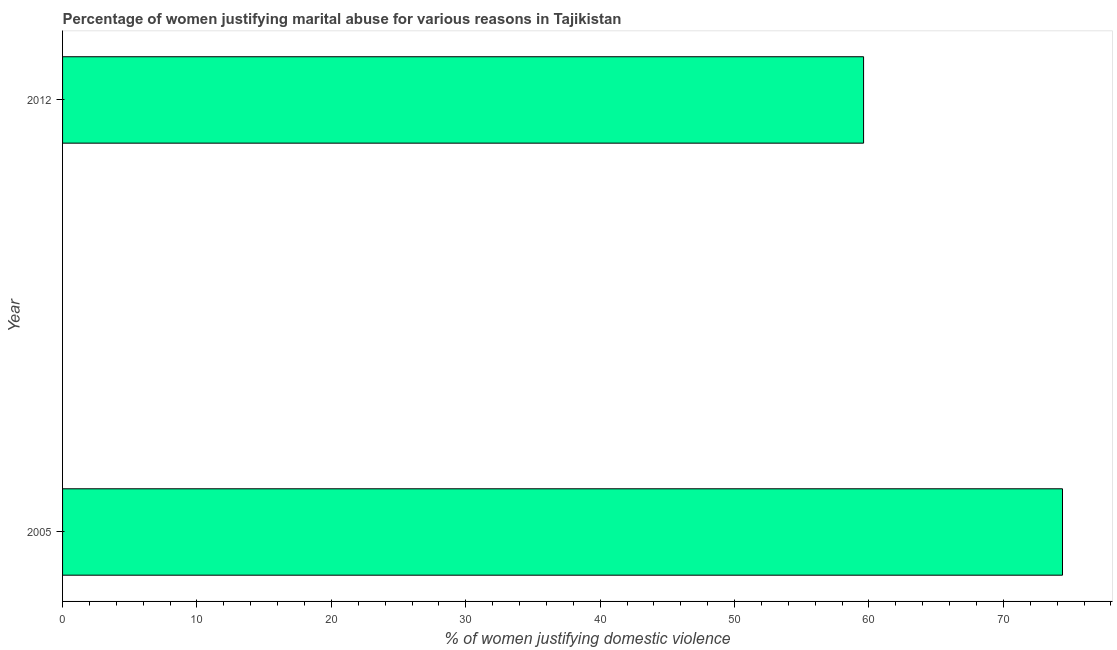
| Year | Physical abuse |
 | --- | --- |
 | 2005 | 74.4 |
 | 2012 | 59.6 |